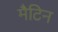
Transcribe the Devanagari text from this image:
मैटिन